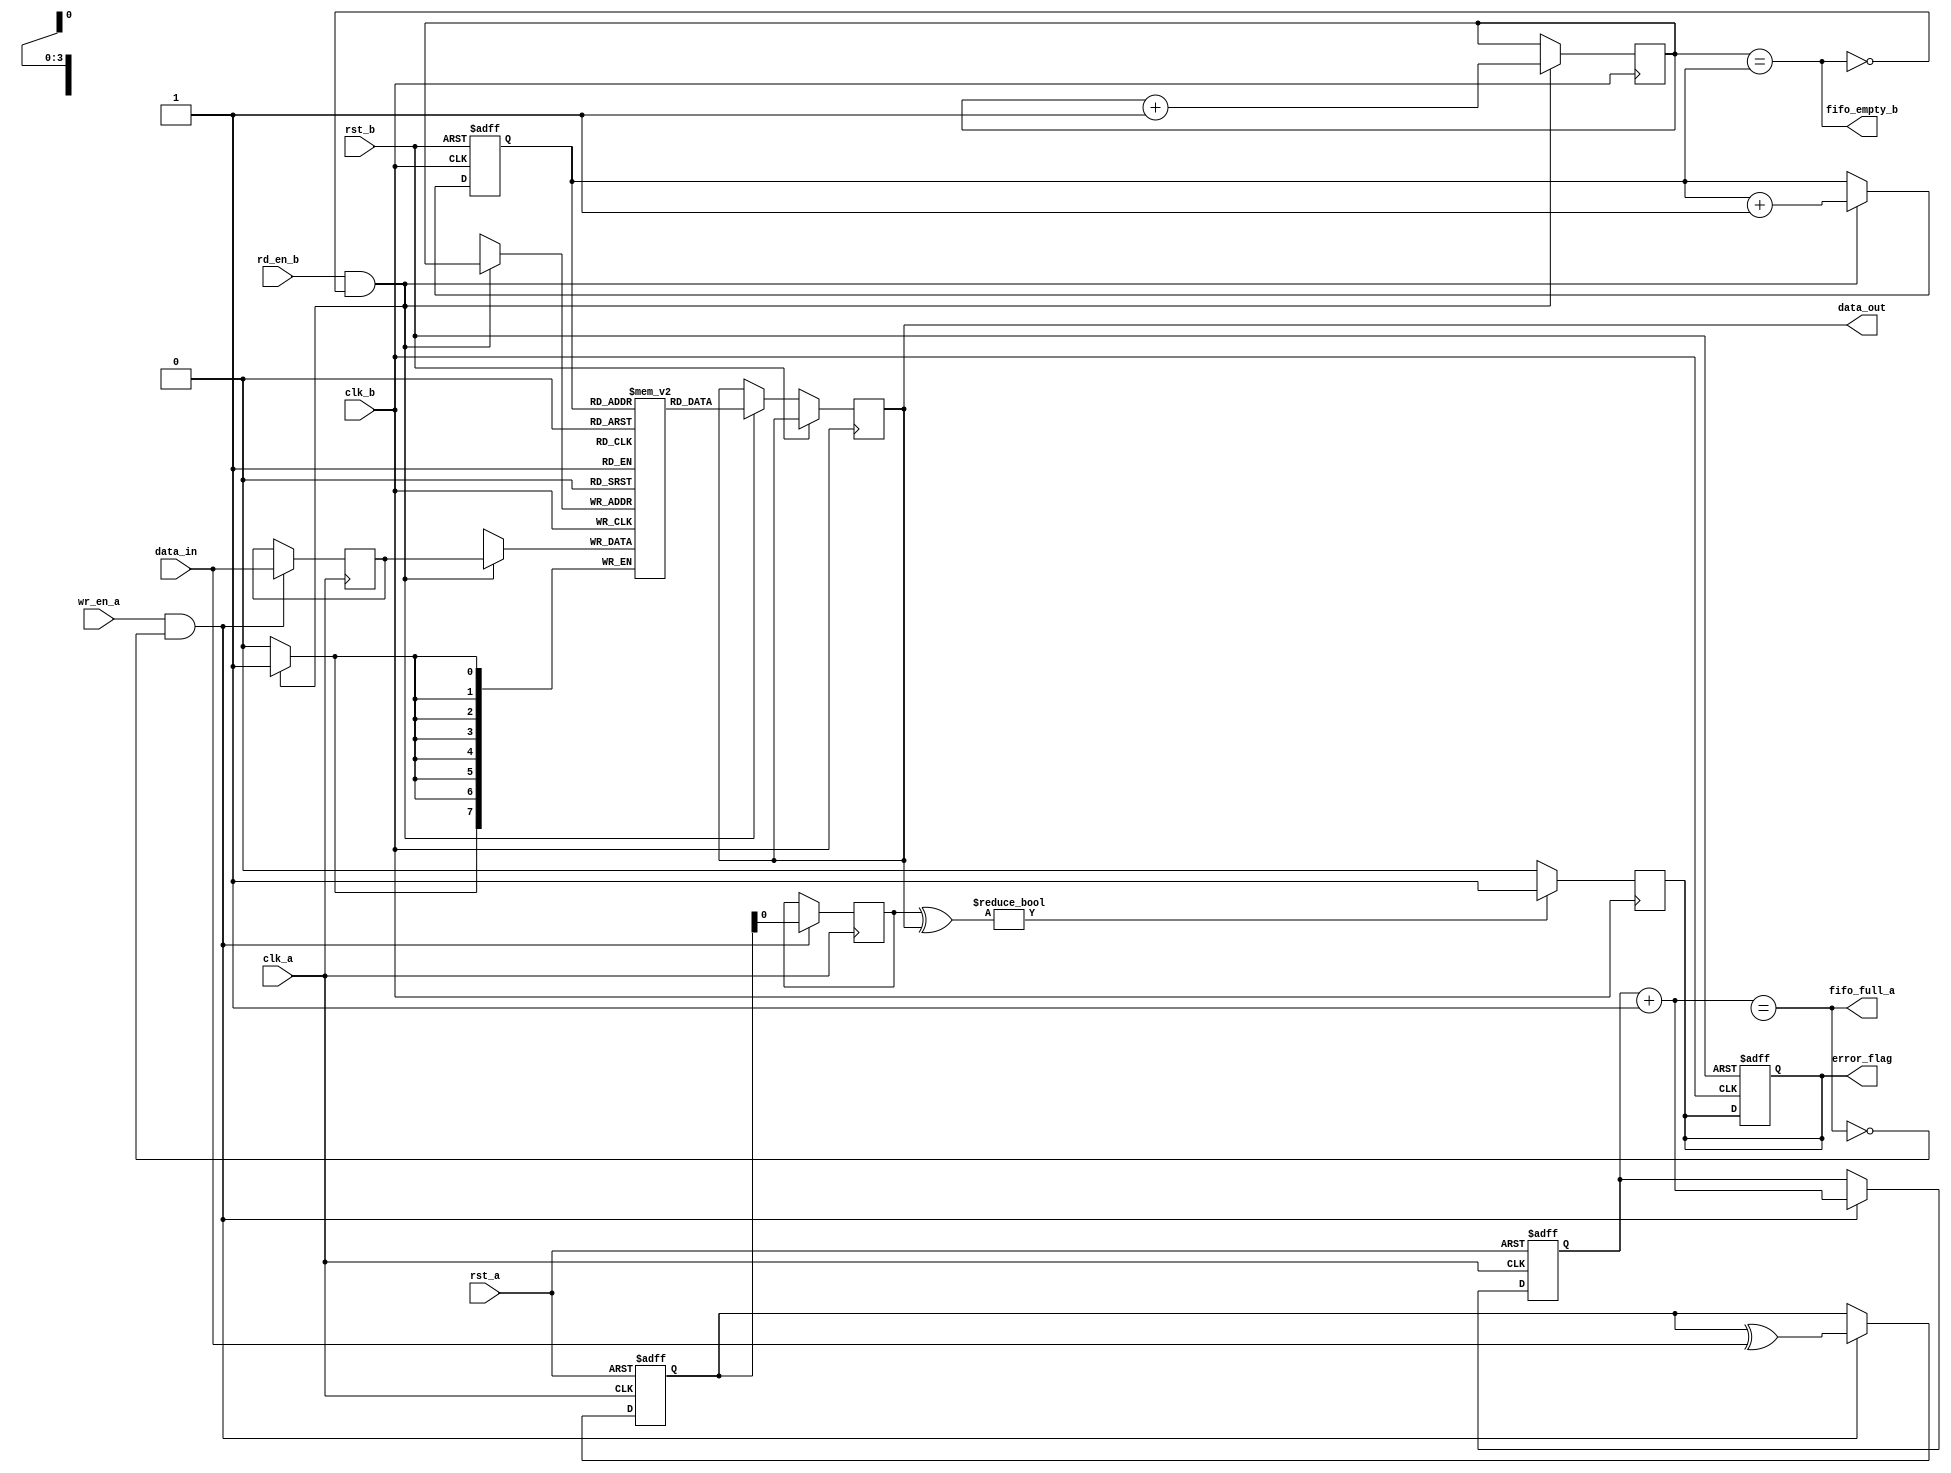
module MemoryBlocksCDC (
    input wire clk_a,         // Source Clock Domain
    input wire clk_b,         // Destination Clock Domain
    input wire rst_a,         // Reset for Clock_A
    input wire rst_b,         // Reset for Clock_B
    input wire [7:0] data_in, // Data input from Clock_A
    input wire wr_en_a,       // Write enable for Clock_A
    input wire rd_en_b,       // Read enable for Clock_B
    output reg [7:0] data_out, // Data output to Clock_B
    output reg error_flag,     // Error flag for data integrity
    output wire fifo_full_a,   // FIFO full status for Clock_A
    output wire fifo_empty_b    // FIFO empty status for Clock_B
);

    // FIFO Parameters
    parameter FIFO_DEPTH = 16; // FIFO depth
    reg [7:0] fifo_a [0:FIFO_DEPTH-1]; // FIFO in Clock_A
    reg [7:0] fifo_b [0:FIFO_DEPTH-1]; // FIFO in Clock_B
    reg [3:0] wr_ptr_a, rd_ptr_a; // Write and Read pointers for FIFO_A
    reg [3:0] wr_ptr_b, rd_ptr_b; // Write and Read pointers for FIFO_B
    reg [7:0] parity_a, parity_b; // Parity for error detection

    // FIFO Write Logic for Clock_A
    assign fifo_full_a = (wr_ptr_a + 1'b1) == rd_ptr_a; // FIFO Full condition

    always @(posedge clk_a or posedge rst_a) begin
        if (rst_a) begin
            wr_ptr_a <= 4'b0;
            parity_a <= 8'b0;
        end else if (wr_en_a && !fifo_full_a) begin
            fifo_a[wr_ptr_a] <= data_in;
            parity_a <= parity_a ^ data_in; // Calculate parity
            wr_ptr_a <= wr_ptr_a + 1'b1;
        end
    end

    // FIFO Read Logic for Clock_B
    assign fifo_empty_b = (wr_ptr_b == rd_ptr_b); // FIFO Empty condition

    always @(posedge clk_b or posedge rst_b) begin
        if (rst_b) begin
            rd_ptr_b <= 4'b0;
            error_flag <= 1'b0;
        end else if (rd_en_b && !fifo_empty_b) begin
            data_out <= fifo_b[rd_ptr_b];
            rd_ptr_b <= rd_ptr_b + 1'b1;
        end
    end

    // Synchronizer for FIFO Data Transfer and Parity Check
    reg [7:0] sync_data;
    reg sync_parity;

    always @(posedge clk_a) begin
        if (wr_en_a && !fifo_full_a) begin
            sync_data <= data_in;
            sync_parity <= parity_a; // Pass parity to the next domain
        end
    end

    always @(posedge clk_b) begin
        if (rd_en_b && !fifo_empty_b) begin
            fifo_b[wr_ptr_b] <= sync_data; // Transfer data to FIFO_B
            wr_ptr_b <= wr_ptr_b + 1'b1;
        end
        // Parity check
        error_flag <= (sync_parity ^ data_out) ? 1'b1 : 1'b0; // Check for parity error
    end

endmodule